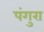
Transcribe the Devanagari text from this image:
पंगुरा